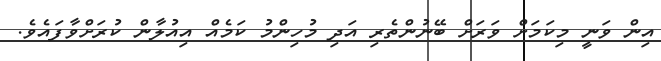
އިން ވަނީ މިކަމަށް ވަރަށް ބޭނުންތެރި އަދި މުހިންމު ކަމެއް އިއުލާން ކުރަށްވާފައެވެ.